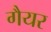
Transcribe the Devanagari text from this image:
गैयर